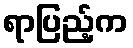
ရာပြည့်က